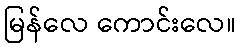
မြန်လေ ကောင်းလေ။